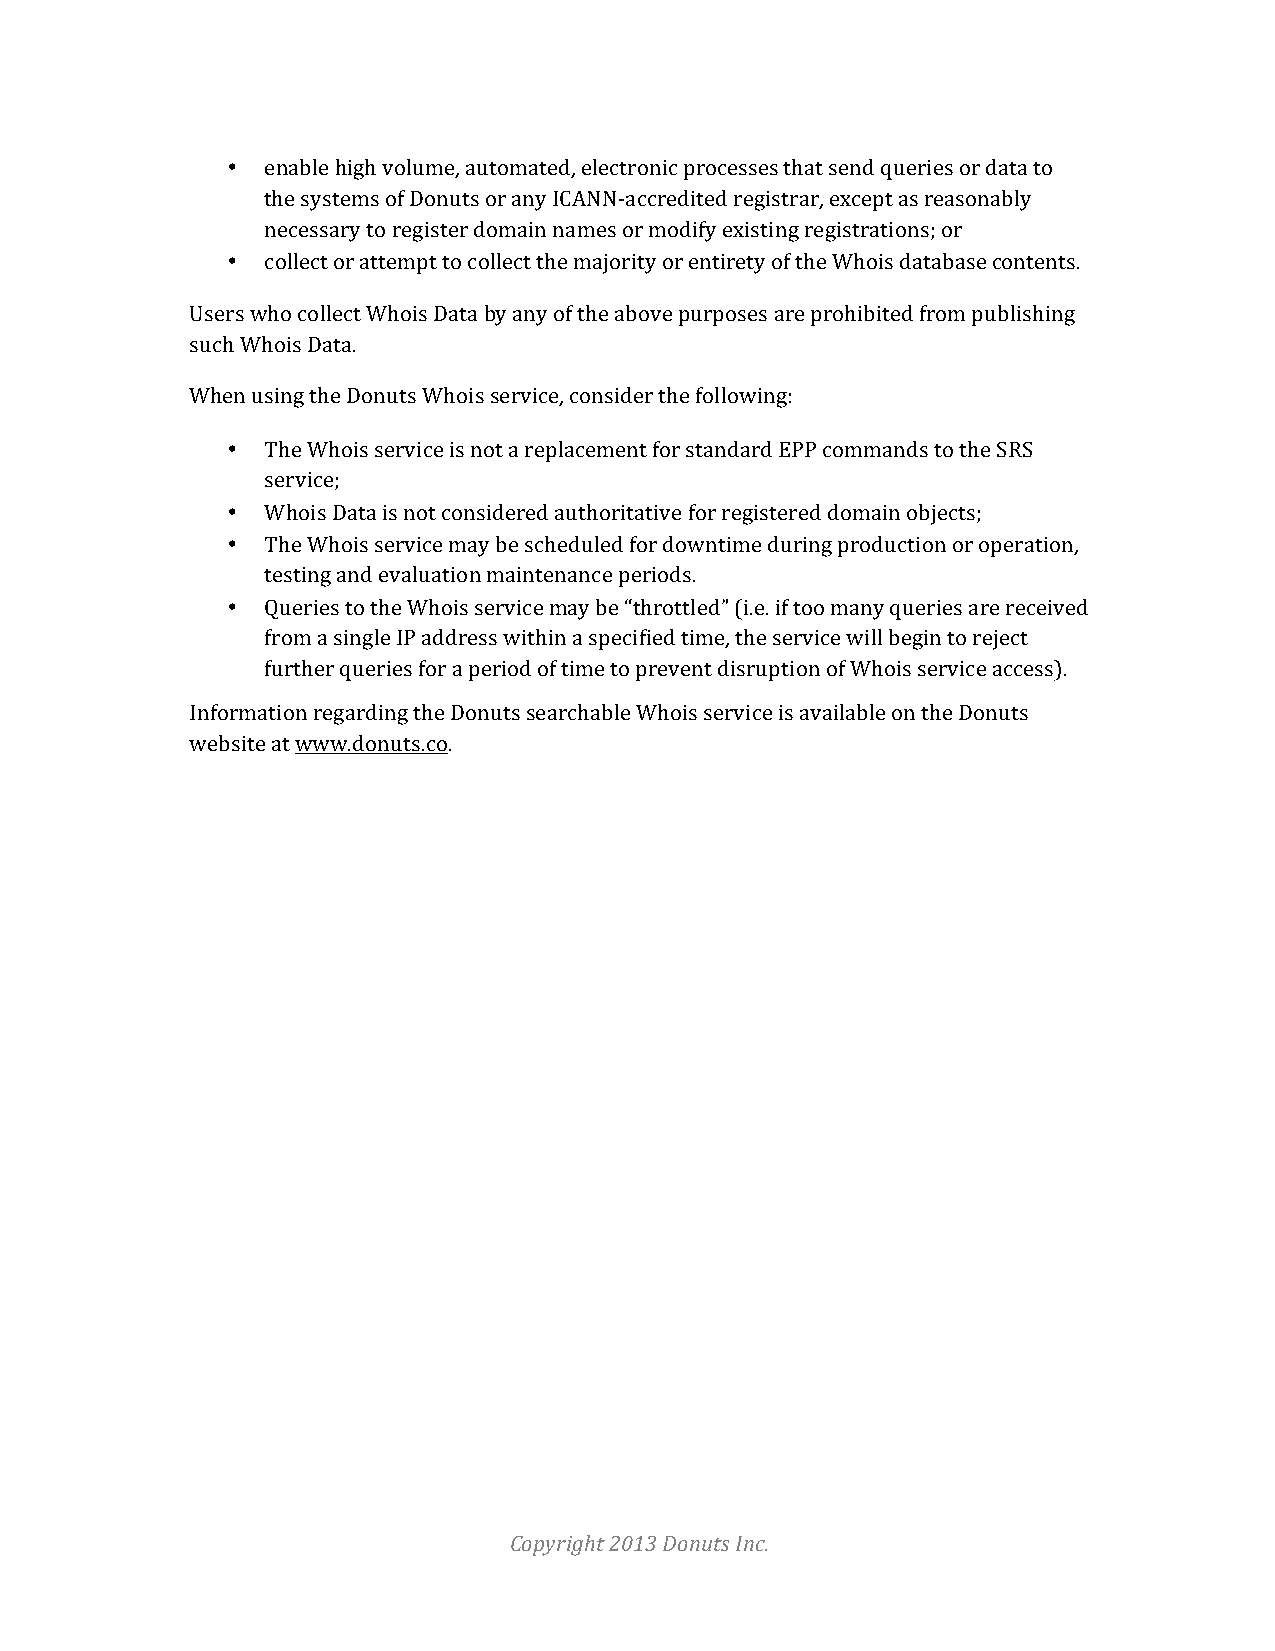
•  enable high volume, automated, electronic processes that send queries or data to
 the systems of Donuts or any ICANN-­‐accredited registrar, except as reasonably
 necessary to register domain names or modify existing registrations; or
 •  collect or attempt to collect the majority or entirety of the Whois database contents.
 Users who collect Whois Data by any of the above purposes are prohibited from publishing
 such Whois Data.
 When using the Donuts Whois service, consider the following:
 •  The Whois service is not a replacement for standard EPP commands to the SRS
 service;
 •  Whois Data is not considered authoritative for registered domain objects;
 •  The Whois service may be scheduled for downtime during production or operation,
 testing and evaluation maintenance periods.
 •  Queries to the Whois service may be “throttled” (i.e. if too many queries are received
 from a single IP address within a specified time, the service will begin to reject
 further queries for a period of time to prevent disruption of Whois service access).
 Information regarding the Donuts searchable Whois service is available on the Donuts
 website at www.donuts.co.
 Copyright 2013 Donuts Inc.